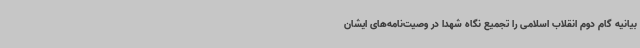
بیانیه گام دوم انقلاب اسلامی را تجمیع نگاه شهدا در وصیت‌نامه‌های ایشان